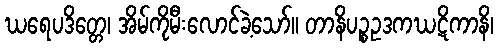
ဃရေပဒိတ္တေ၊ အိမ်ကိုမီးလောင်ခဲ့သော်။ တာနိပဉ္စဥဒကဃဋိကာနိ၊